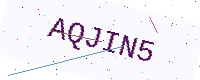
Text: AQJIN5